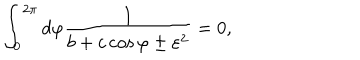
\int _ { 0 } ^ { 2 \pi } d \varphi \frac { 1 } { b + c \cos \varphi \pm \varepsilon ^ { 2 } } = 0 ,